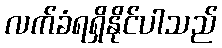
လက်ခံရရှိနိုင်ပါသည်